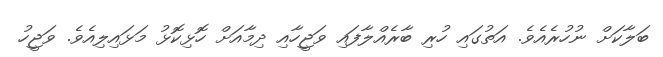
ބަލާކަށް ނުހުރެއެވެ. އަތުގައި ހުރި ބާރެއްލާފައި ވަޖީހާއި ދިމާއަށް ހޮޅިކޮޅު މަޅައިލިއެވެ. ވަޖީހު